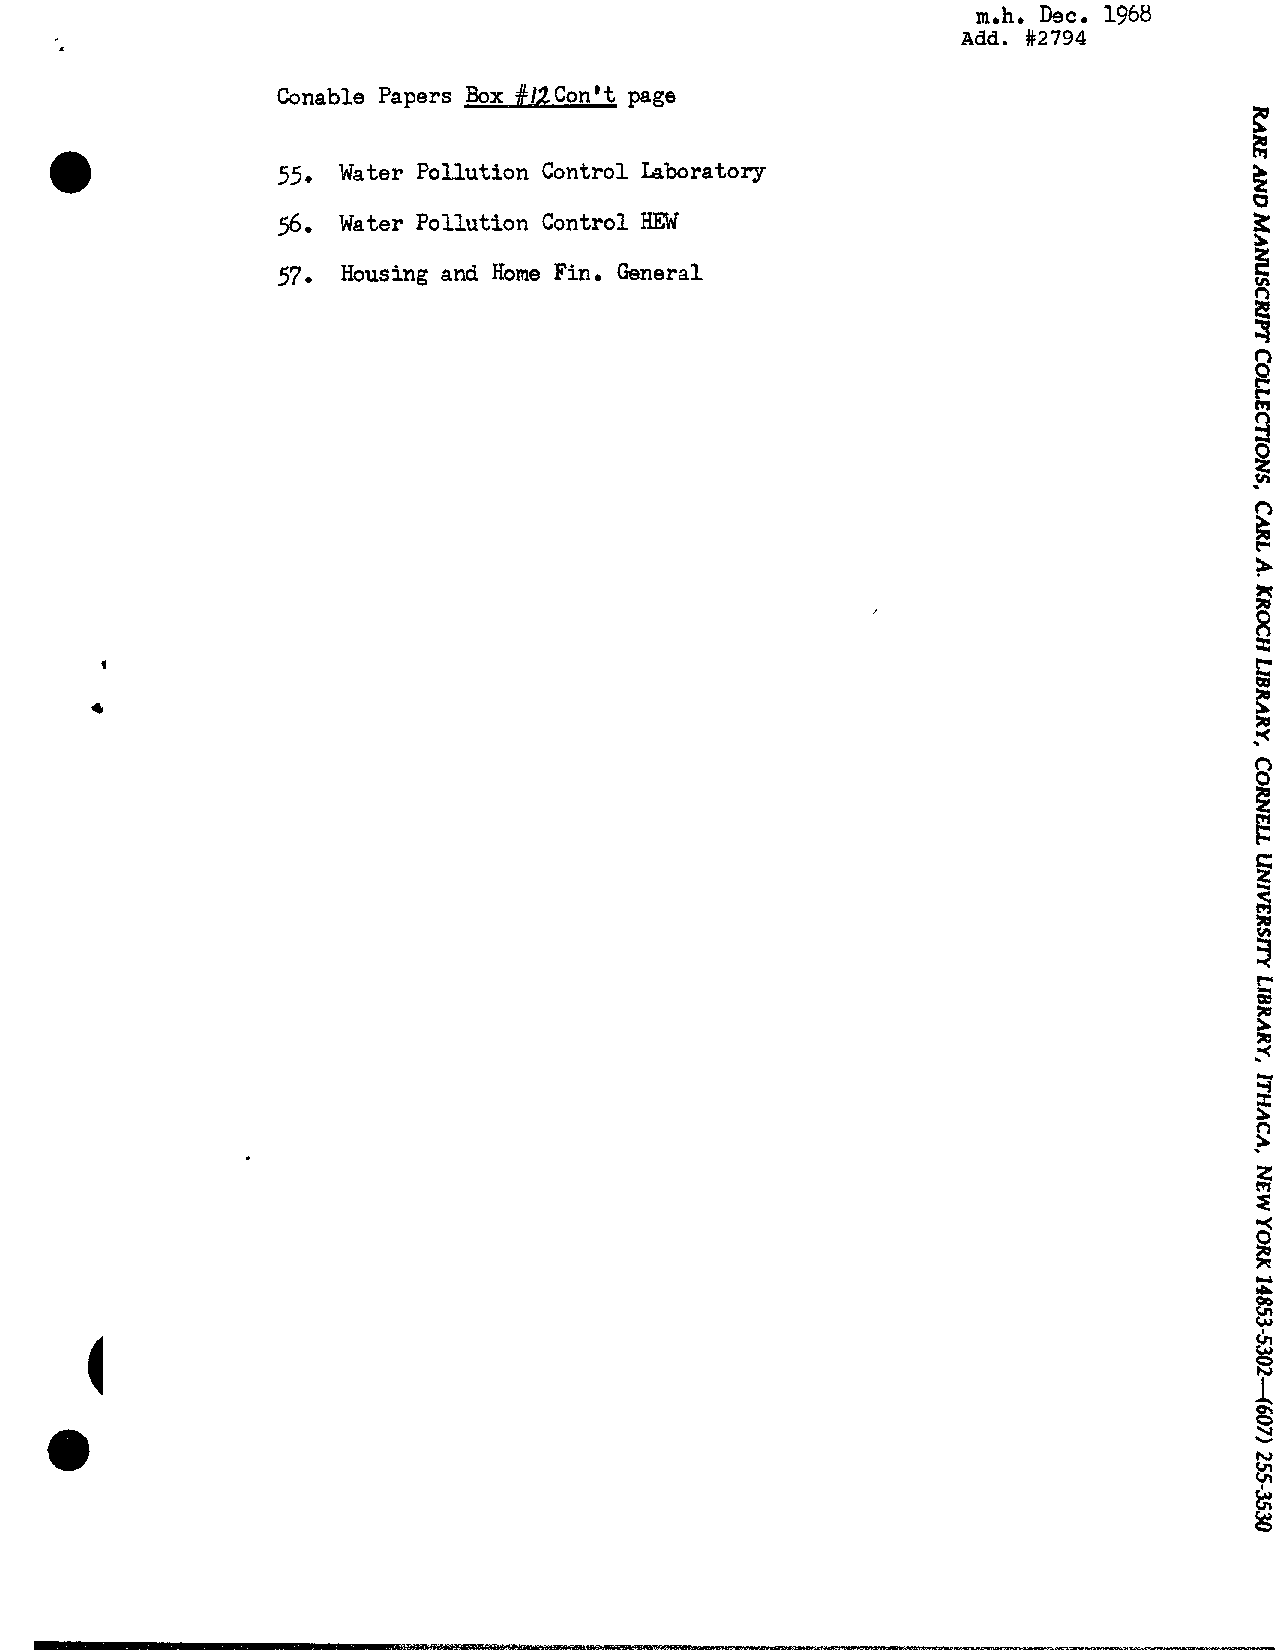
m.h. Dec, 1968
 Add. #2794
 Conable Papers ,Box #12C on't page
 5 . Water Pollution Control Laboratory
 56  Water Pollution Control HEW
 57.  Housing and Home Fin. General